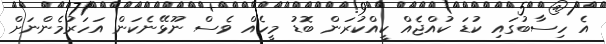
އެ ހިސާބުގައި ކުޑަ ކުއްޖެއް ކީއްކުރަން ބޮޑު މީހެއް ވެސް ނޫޅޭނެކަން އަހަރުމެންނަށް